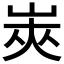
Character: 𰎟